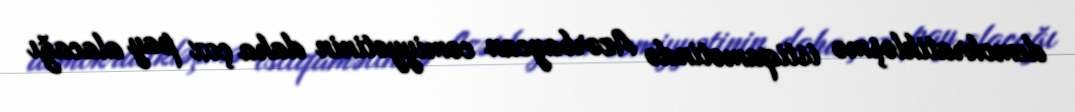
demokratikləşmə istiqamətində Azərbaycan cəmiyyətinin daha çox pay alacağı